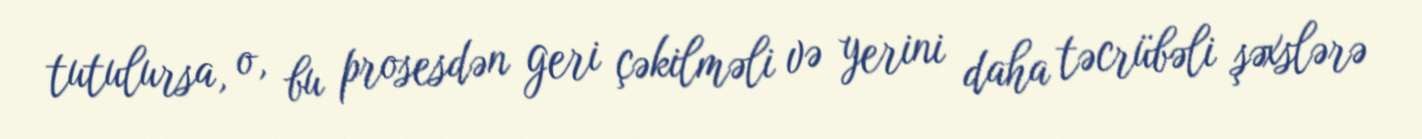
tutulursa, o, bu prosesdən geri çəkilməli və yerini daha təcrübəli şəxslərə